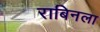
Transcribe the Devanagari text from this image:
राबिनला